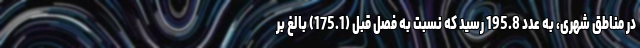
در مناطق شهری، به عدد 195.8 رسید که نسبت به فصل قبل (175.1) بالغ بر